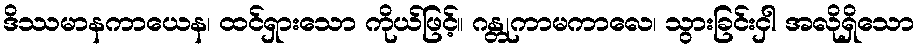
ဒိဿမာနကာယေန၊ ထင်ရှားသော ကိုယ်ဖြင့်။ ဂန္တုကာမကာလေ၊ သွားခြင်းငှါ အလိုရှိသော